Civil Veterinary Department Bengal reports 1923-33 - 1923-1933
Year: 1923
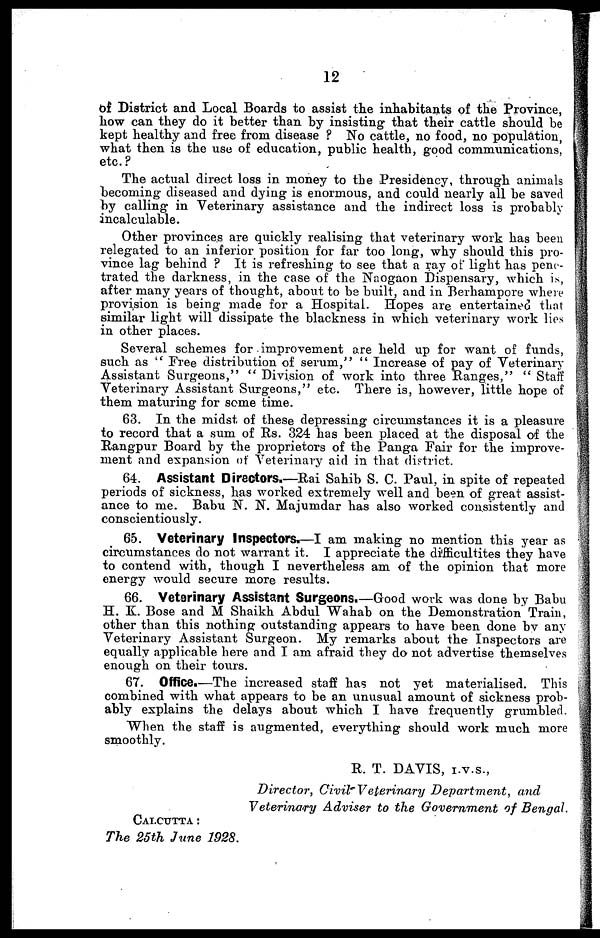
12
of District and Local Boards to assist the inhabitants of the Province,
how can they do it better than by insisting that their cattle should be
kept healthy and free from disease ? No cattle, no food, no population,
what then is the use of education, public health, good communications,
etc.?
The actual direct loss in money to the Presidency, through animals
becoming diseased and dying is enormous, and could nearly all be saved
by calling in Veterinary assistance and the indirect loss is probably
incalculable.
Other provinces are quickly realising that veterinary work has been
relegated to an inferior position for far too long, why should this pro-
vince lag behind ? It is refreshing to see that a ray of light has pene-
trated the darkness, in the case of the Naogaon Dispensary, which is,
after many years of thought, about to be built, and in Berhampore where
provision is being made for a Hospital. Hopes are entertained that
similar light will dissipate the blackness in which veterinary work lies
in other places.
Several schemes for improvement are held up for want of funds,
such as " Free distribution of serum," " Increase of pay of Veterinary
Assistant Surgeons," " Division of work into three Ranges," " Staff
Veterinary Assistant Surgeons," etc. There is, however, little hope of
them maturing for same time.
63. In the midst of these depressing circumstances it is a pleasure
to record that a sum of Rs. 324 has been placed at the disposal of the
Rangpur Board by the proprietors of the Panga Fair for the improve-
ment and expansion of Veterinary aid in that district.
64. Assistant Directors.—Rai Sahib S. C. Paul, in spite of repeated
periods of sickness, has worked extremely well and been of great assist-
ance to me. Babu N. N. Majumdar has also worked consistently and
conscientiously.
65. Veterinary Inspectors.—I am making no mention this year as
circumstances do not warrant it. I appreciate the difficultites they have
to contend with, though I nevertheless am of the opinion that more
energy would secure more results.
66. Veterinary Assistant Surgeons.—Good work was done by Babu
H. K. Bose and M Shaikh Abdul Wahab on the Demonstration Train,
other than this nothing outstanding appears to have been done by any
Veterinary Assistant Surgeon. My remarks about the Inspectors are
equally applicable here and I am afraid they do not advertise themselves
enough on their tours.
67. Office.—The increased staff has not yet materialised. This
combined with what appears to be an unusual amount of sickness prob-
ably explains the delays about which I have frequently grumbled.
When the staff is augmented, everything should work much more
smoothly.
R. T. DAVIS, I.v.s.,
Director, Civil Veterinary Department,
and
Veterinary Adviser to the Government of Bengal.
Calcutta:
The 25th June 1928.